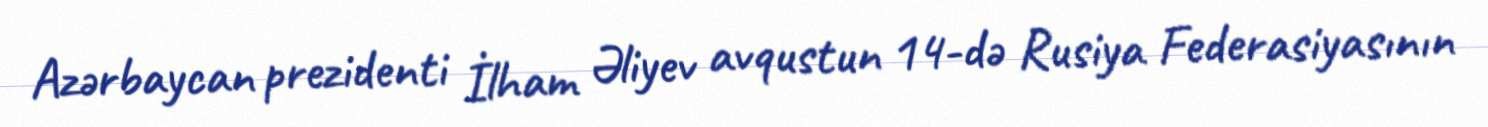
Azərbaycan prezidenti İlham Əliyev avqustun 14-də Rusiya Federasiyasının